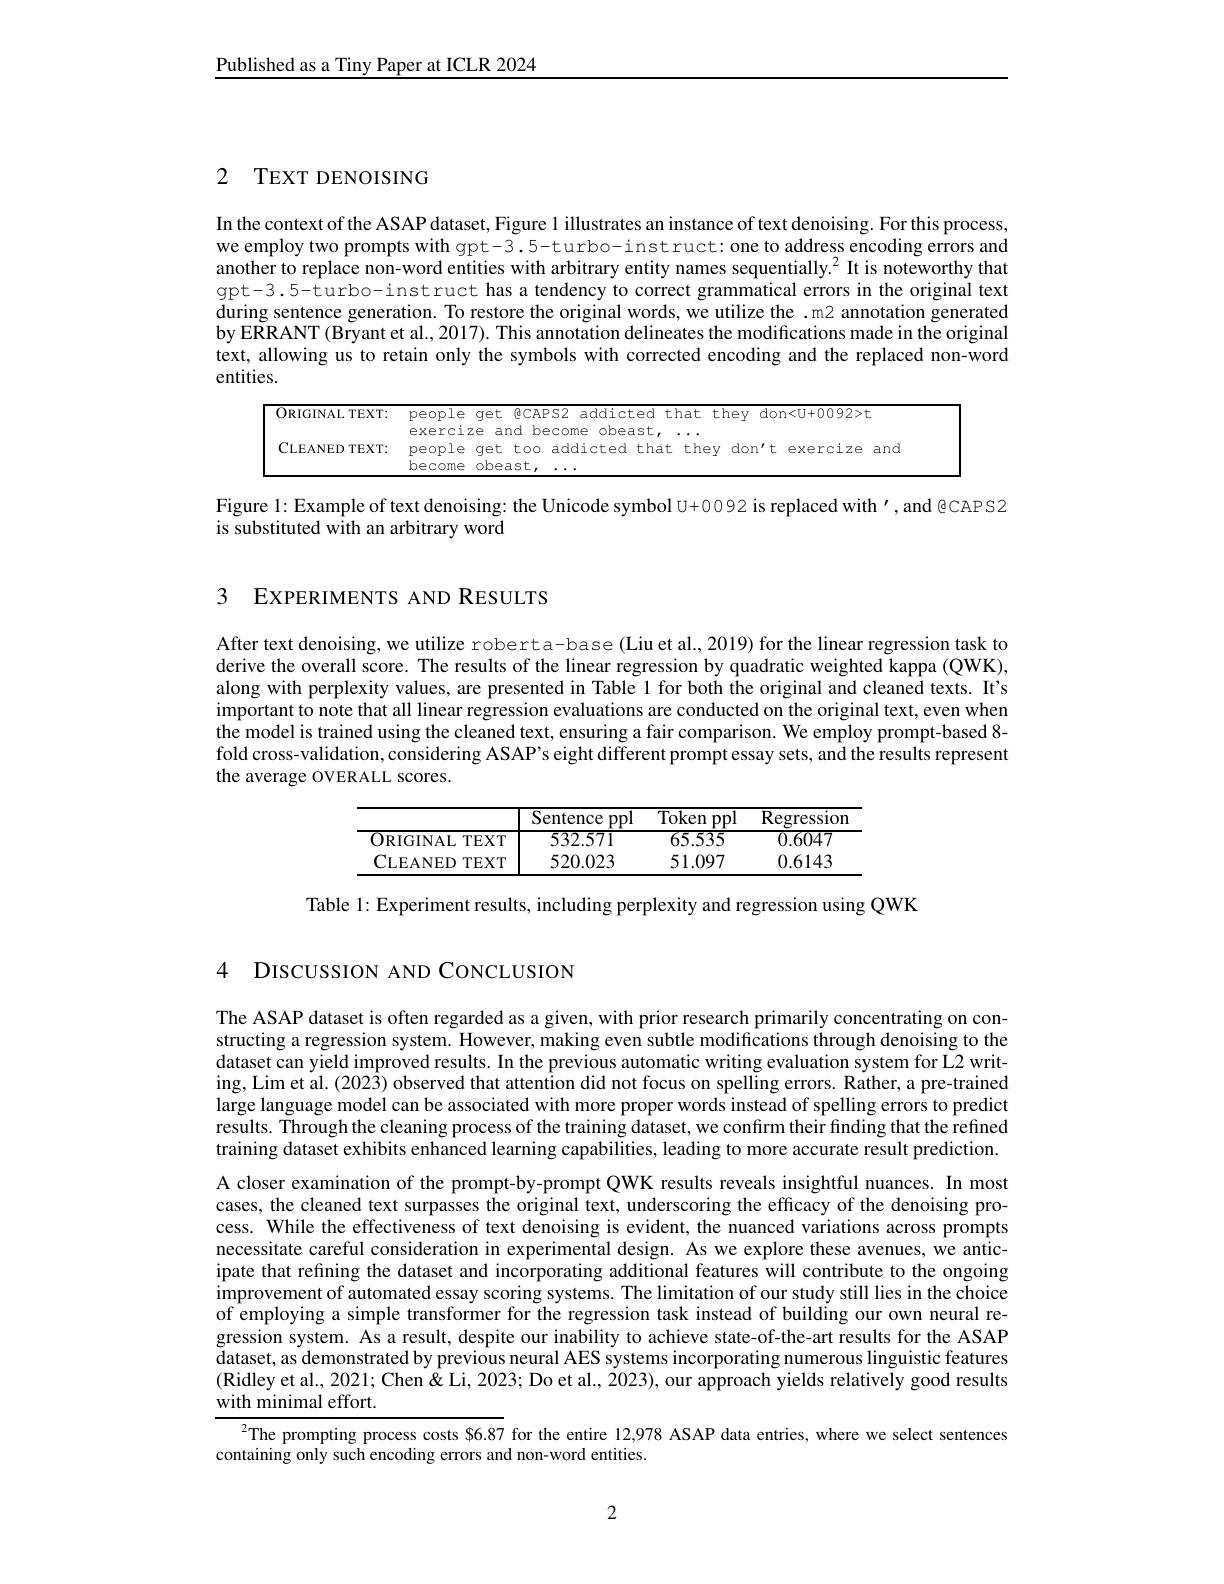
Published as a Tiny Paper at ICLR 2024

# 2 TEXT DENOISING

In the context of the ASAP dataset, Figure 1 illustrates an instance of text denoising. For this process, we employ two prompts with gpt-3.5-turbo-instruct: one to address encoding errors and another to replace non-word entities with arbitrary entity names sequentially.$^{2}$ It is noteworthy that gpt-3.5-turbo-instruct has a tendency to correct grammatical errors in the original text during sentence generation. To restore the original words, we utilize the .m2 annotation generated by ERRANT (Bryant et al., 2017). This annotation delineates the modifications made in the original text, allowing us to retain only the symbols with corrected encoding and the replaced non-word entities.

<table>
	<tbody>
		<tr>
			<td>CLEANED TEXT: </td>
			<td>people qet too addicted that they don't exercize and</td>
		</tr>
	</tbody>
</table>

Figure 1: Example of text denoising: the Unicode symbol U+0092 is replaced with', and @CAPS2
is substituted with an arbitrary word

3 EXPERIMENTS AND RESULTS

After text denoising, we utilize roberta-base (Liu et al., 2019) for the linear regression task to derive the overall score. The results of the linear regression by quadratic weighted kappa (QWK), along with perplexity values, are presented in Table 1 for both the original and cleaned texts. It's important to note that all linear regression evaluations are conducted on the original text, even when the model is trained using the cleaned text, ensuring a fair comparison. We employ prompt-based 8- fold cross-validation, considering ASAP's eight different prompt essay sets, and the results represent the average OVERALL scores.

<table>
	<tbody>
		<tr>
			<th> </th>
			<th>Sentence ppl</th>
			<th>Token ppl</th>
			<th>Regression</th>
		</tr>
		<tr>
			<td>0 RIGINAL TEXT</td>
			<td>532.571</td>
			<td>65.535</td>
			<td>0.6047</td>
		</tr>
		<tr>
			<td>$\mathbf{CLEANED}$ $TEXT$</td>
			<td>520.023</td>
			<td>51.097</td>
			<td>0.6143</td>
		</tr>
	</tbody>
</table>

Table 1: Experiment results, including perplexity and regression using QWK

4 DISCUSSION AND CONCLUSION

The ASAP dataset is often regarded as a given, with prior research primarily concentrating on constructing a regression system. However, making even subtle modifications through denoising to the dataset can yield improved results. In the previous automatic writing evaluation system for L2 writing, Lim et al. (2023) observed that attention did not focus on spelling errors. Rather, a pre-trained large language model can be associated with more proper words instead of spelling errors to predict results. Through the cleaning process of the training dataset, we confirm their finding that the refined training dataset exhibits enhanced learning capabilities, leading to more accurate result prediction. A closer examination of the prompt-by-prompt QWK results reveals insightful nuances. In most cases, the cleaned text surpasses the original text, underscoring the efficacy of the denoising process. While the effectiveness of text denoising is evident, the nuanced variations across prompts necessitate careful consideration in experimental design. As we explore these avenues, we anticipate that refining the dataset and incorporating additional features will contribute to the ongoing $\begin{array}{c}\mathrm{improvement~of~automated~essay~scoring~systems.~The~limitation~of~our~study~still~lies~in~the~choice}\\\mathrm{improvement~of~automated~essay~scoring~systems.~The~limitation~of~our~study~still~lies~in~the~}\\\mathrm{improvement~of~automated~essay~scoring~systems.~}\end{array}$ of employing a simple transformer for the regression task instead of building our own neural regression system. As a result, despite our inability to achieve state-of-the-art results for the ASAP dataset, as demonstrated by previous neural AES systems incorporating numerous linguistic features (Ridley et al., 2021; Chen & Li, 2023; Do et al., $\dot{2}023)$, our approach yields relatively good results with minimal effort.
$^{2}$The prompting process costs $6.87 for the entire 12,978 ASAP data entries, where we select sentences

containing only such encoding errors and non-word entities.

2